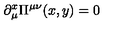
\partial _ { \mu } ^ { x } \Pi ^ { \mu \nu } ( x , y ) = 0